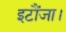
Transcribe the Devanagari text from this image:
इटौंजा।